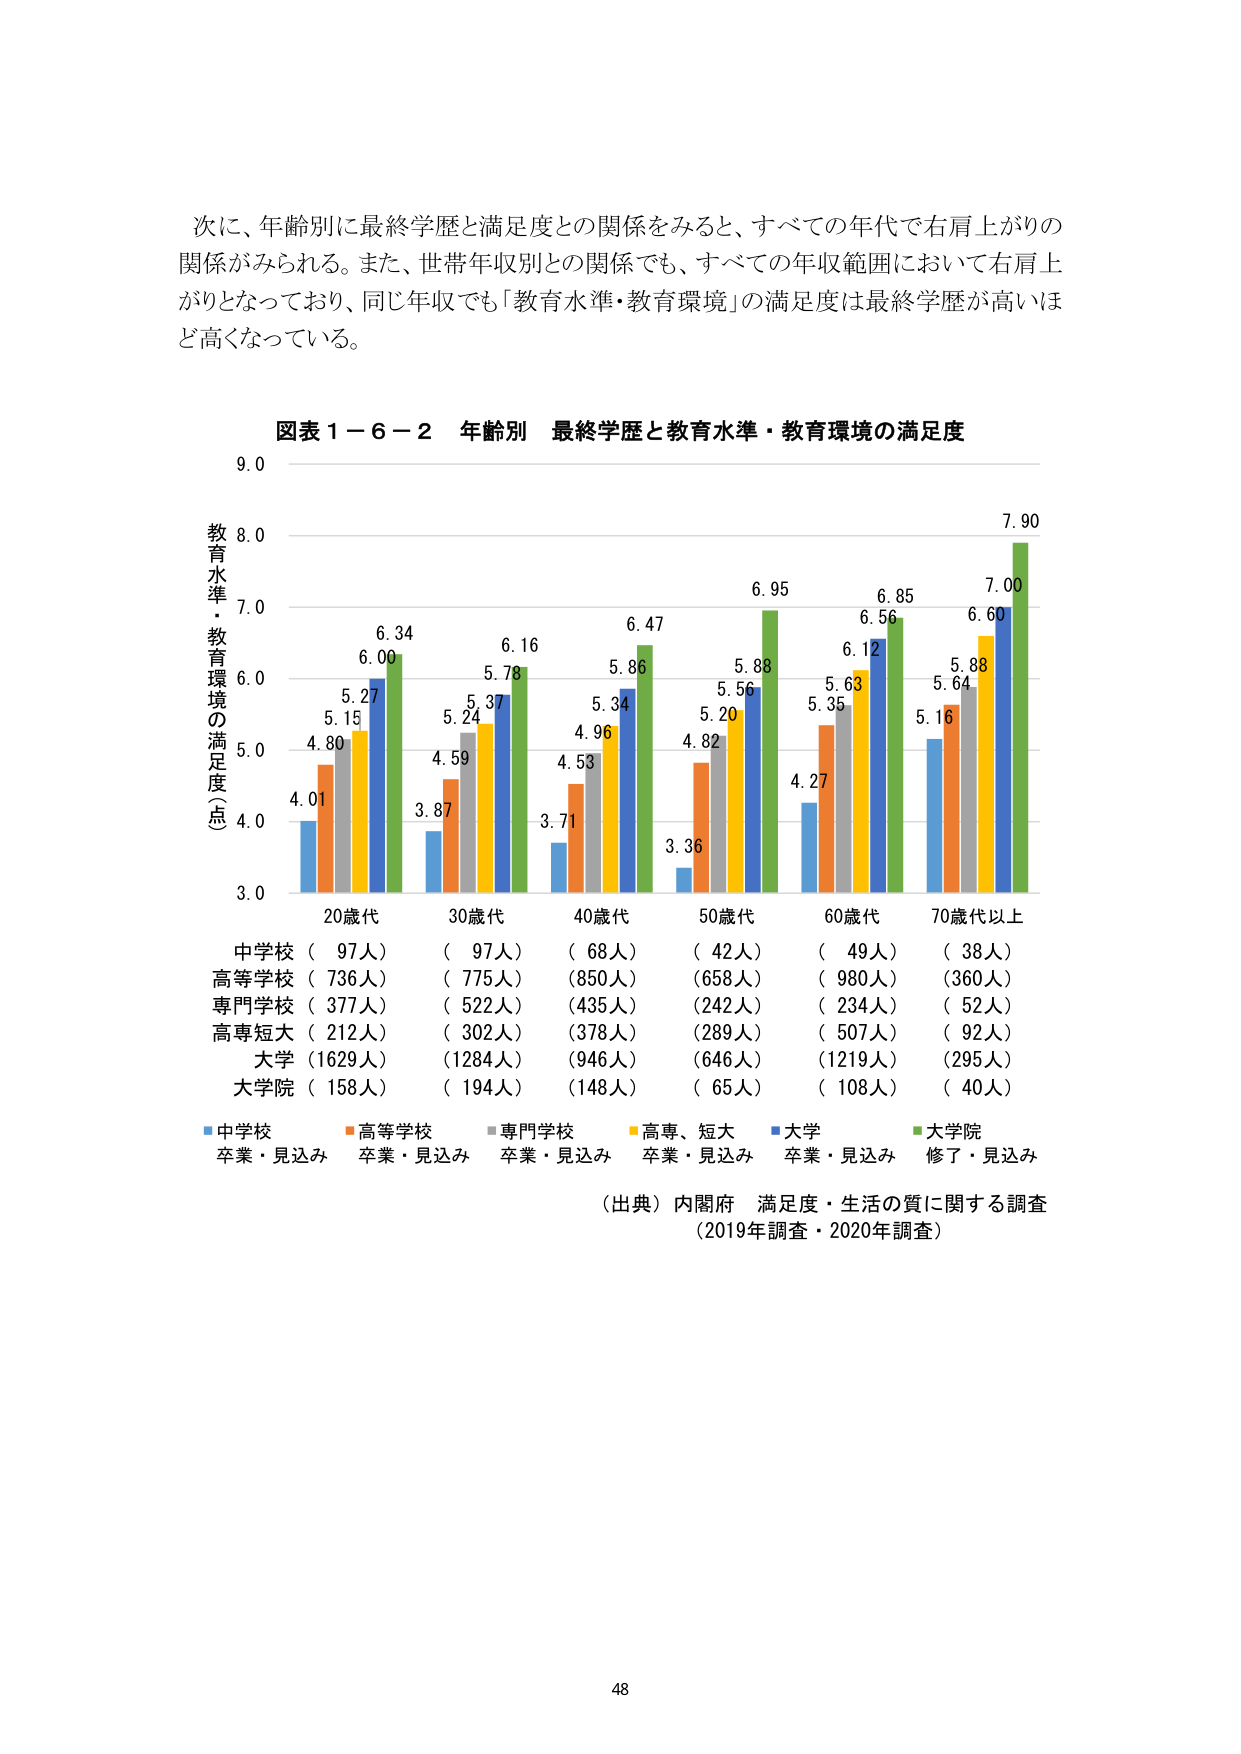
次に、年齢別に最終学歴と満足度との関係をみると、すべての年代で右肩上がりの関係がみられる。また、世帯年収別との関係でも、すべての年収範囲において右肩上がりとなっており、同じ年収でも「教育水準・教育環境」の満足度は最終学歴が高いほど高くなっている。

図表１－６－２ 年齢別 最終学歴と教育水準・教育環境の満足度

教育水準・教育環境の満足度（点）
9.0
8.0
7.0
6.0
5.0
4.0
3.0

20歳代
30歳代
40歳代
50歳代
60歳代
70歳代以上

中学校（ 97人） （ 97人） （ 68人） （ 42人） （ 49人） （ 38人）
高等学校（ 736人） （ 775人） （850人） （658人） （ 980人） （360人）
専門学校（ 377人） （ 522人） （435人） （242人） （ 234人） （ 52人）
高専短大（ 212人） （ 302人） （378人） （289人） （ 507人） （ 92人）
大学（1629人） （1284人） （946人） （646人） （1219人） （295人）
大学院（ 158人） （ 194人） （148人） （ 65人） （ 108人） （ 40人）

■中学校 卒業・見込み ■高等学校 卒業・見込み ■専門学校 卒業・見込み ■高専、短大 卒業・見込み ■大学 卒業・見込み ■大学院 修了・見込み

（出典）内閣府 満足度・生活の質に関する調査
（2019年調査・2020年調査）

48